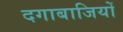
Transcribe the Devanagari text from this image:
दगाबाजियों